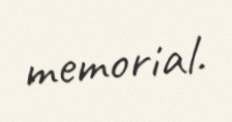
memorial.